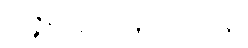
အဇ္ဇနပုပ္ဖိယတ္ထေရအပဒါန။